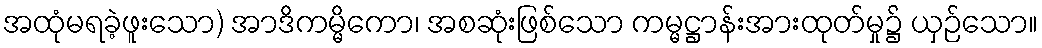
အထုံမရခဲ့ဖူးသော) အာဒိကမ္မိကော၊ အစဆုံးဖြစ်သော ကမ္မဋ္ဌာန်းအားထုတ်မှု၌ ယှဉ်သော။